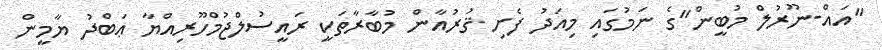
"އައް-ނޫރުލް މުބީން"ގެ ނަމުގައި މިއަދު ފެށި ޤުރުއާން މުބާރާތަކީ ރައީސުލްޖުމްހޫރިއްޔާ ޢަބްދު ޔާމީން